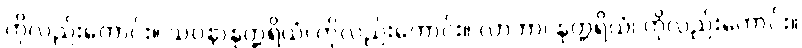
ကိုလည်းကောင်း။ သဝနာနုတ္တရိယံ၊ ကိုလည်းကောင်း။ လာဘာ၊ နုတ္တရိယံ၊ ကိုလည်းကောင်း။